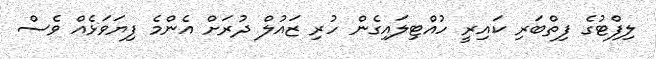
ލިފްޓުގެ ފިތްބަރި ކައިރީ ހުއްޓިލައިގެން ހުރި ޒައުލް ދުރަށް އެންމެ ފިޔަވަޅެއް ވެސް